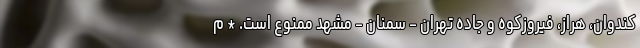
کندوان، هراز، فیروزکوه و جاده تهران - سمنان - مشهد ممنوع است. * م